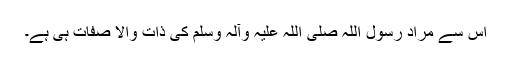
اس سے مراد رسول اللہ صلی اللہ علیہ وآلہ وسلم کی ذات والا صفات ہی ہے۔